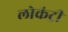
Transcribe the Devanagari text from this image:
लोकंट्री